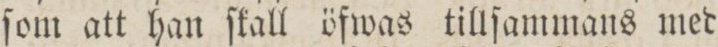
ſom att han ſkall öfwas tillſammans med